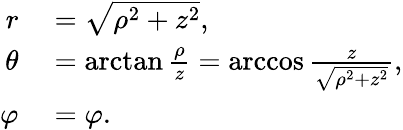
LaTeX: \begin{array}{rl}{r}&{{}={\sqrt{\rho^{2}+z^{2}}},}\\ {\theta}&{{}=\arctan{\frac{\rho}{z}}=\operatorname{arccos}{\frac{z}{\sqrt{\rho^{2}+z^{2}}}},}\\ {\varphi}&{{}=\varphi.}\end{array}